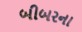
બીબરના